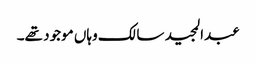
عبدالمجید سالک وہاں موجود تھے۔